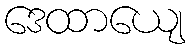
ဒေထာယျေ